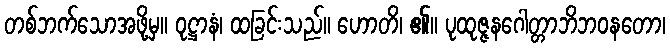
တစ်ဘက်သောအဖို့မှ။ ဝုဋ္ဌာနံ၊ ထခြင်းသည်။ ဟောတိ၊ ၏။ ပုထုဇ္ဇနဂေါတ္တာဘိဘဝနတော၊